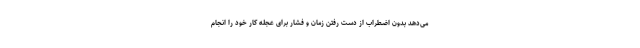
می‌دهد بدون اضطراب از دست رفتن زمان و فشار برای عجله کار خود را انجام